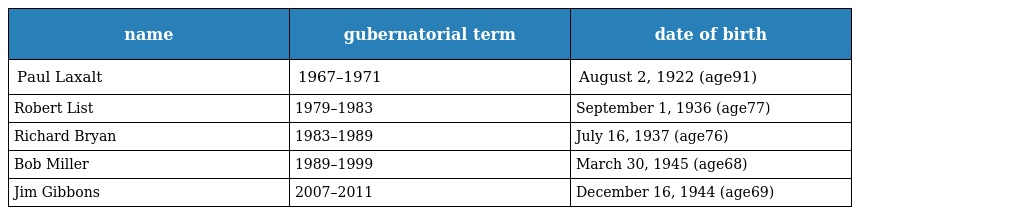
| name | gubernatorial term | date of birth |
 | --- | --- | --- |
 | Paul Laxalt | 1967–1971 | August 2, 1922 (age91) |
 | Robert List | 1979–1983 | September 1, 1936 (age77) |
 | Richard Bryan | 1983–1989 | July 16, 1937 (age76) |
 | Bob Miller | 1989–1999 | March 30, 1945 (age68) |
 | Jim Gibbons | 2007–2011 | December 16, 1944 (age69) |